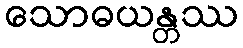
သောဓယန္တဿ